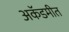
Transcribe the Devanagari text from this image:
अकॅडमीत